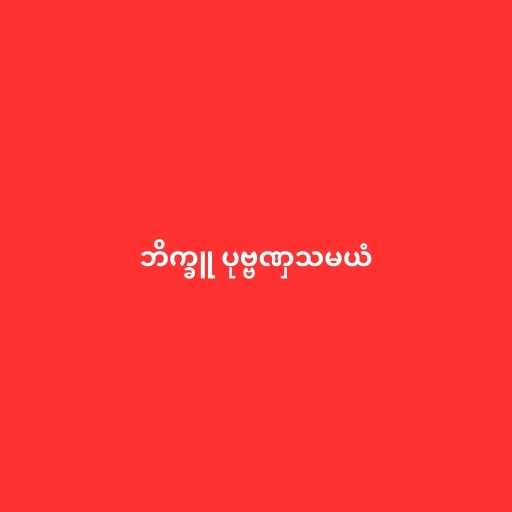
ဘိက္ခူ ပုဗ္ဗဏှသမယံ